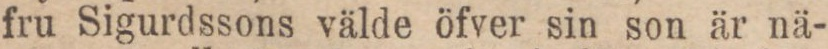
fru Sigurdssons välde öfver sin son är nä-